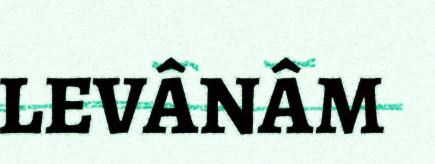
LEVÂNÂM